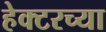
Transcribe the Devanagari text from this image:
हेक्टरच्या